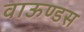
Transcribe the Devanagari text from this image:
वाऊण्डस